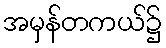
အမှန်တကယ်၌